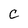
Character: C